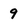
Character: 9